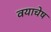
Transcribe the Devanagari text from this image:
वयाचेष